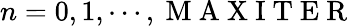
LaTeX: n=0,1,\cdots,\mathrm{~M~A~X~I~T~E~R~}